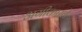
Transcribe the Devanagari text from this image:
अगीकारले